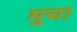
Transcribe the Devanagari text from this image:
मुचा